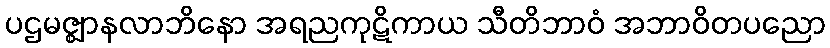
ပဌမဇ္ဈာနလာဘိနော အရညကုဋိကာယ သီတိဘာဝံ အဘာဝိတပညော